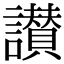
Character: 讃